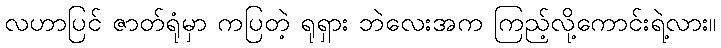
လဟာပြင် ဇာတ်ရုံမှာ ကပြတဲ့ ရုရှား ဘဲလေးအက ကြည့်လို့ကောင်းရဲ့လား။